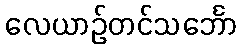
လေယာဉ်တင်သင်္ဘော